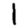
Digit: 1